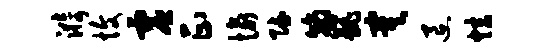
漪愎虚正愉赋翰巍寞退炫